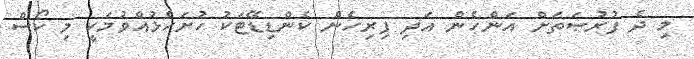
މި ދެ ފުރުޞަތަށް އަންހެން އަދި ފިރިހެން ކެންޑިޑޭޓަކު ހުށަހެޅުއްވުމަކީ މި ކޯސް